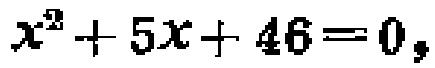
\(x^{2}+5x + 46=0\)